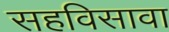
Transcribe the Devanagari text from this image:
सहविसावा